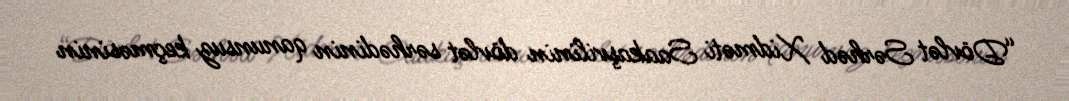
“Dövlət Sərhəd Xidməti Saakaşvilinin dövlət sərhədinin qanunsuz keçməsinin